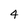
Character: 4